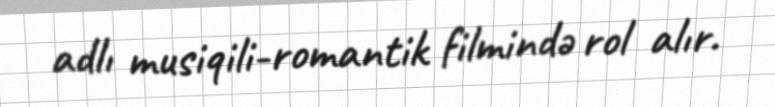
adlı musiqili-romantik filmində rol alır.